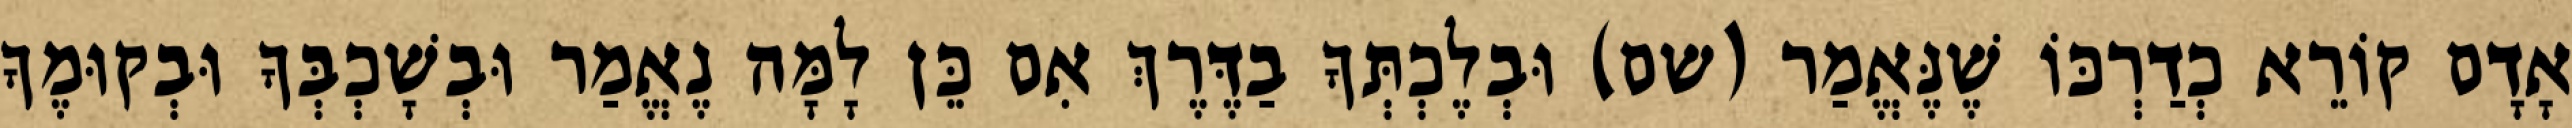
אָדָם קוֹרֵא כְדַרְכּוֹ שֶׁנֶּאֱמַר (שם) וּבְלֶכְתְּךָ בַדֶּרֶךְ אִם כֵּן לָמָּה נֶאֱמַר וּבְשָׁכְבְּךָ וּבְקוּמֶךָ